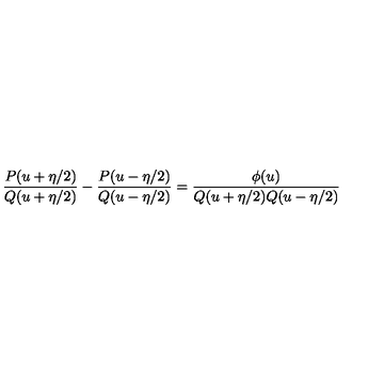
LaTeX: \frac { P ( u + \eta / 2 ) } { Q ( u + \eta / 2 ) } - \frac { P ( u - \eta / 2 ) } { Q ( u - \eta / 2 ) } = \frac { \phi ( u ) } { Q ( u + \eta / 2 ) Q ( u - \eta / 2 ) }